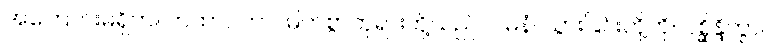
အကြောင်းမရှိဘဲ။ တထာဂတာ၊ မြတ်စွာဘုရားတို့သည်။ ဂမနံ၊ သွားခြင်းတို့ကို။ ပစ္ဆိန္ဒိတွာ၊